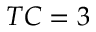
T C = 3